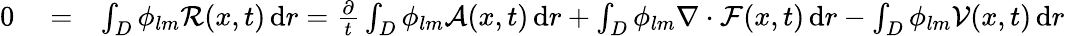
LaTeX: \begin{array}{rlr}{0}&{{}=}&{\int_{D}\phi_{lm}\mathcal{R}(x,t)\, \mathrm{d}r=\frac{\partial}{t}\int_{D}\phi_{lm}\mathcal{A}(x,t)\, \mathrm{d}r+\int_{D}\phi_{lm}\nabla\cdot\mathcal{F}(x,t)\, \mathrm{d}r-\int_{D}\phi_{lm}\mathcal{V}(x,t)\, \mathrm{d}r}\end{array}